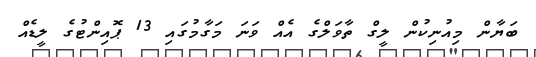
ބަޔާން މިއުނިކުން ލީގް ތާވަލްގެ އެއް ވަނަ މަގާމުގައި 13 ޕޮއިންޓުގެ ލީޑެއް